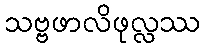
သဗ္ဗဖာလိဖုလ္လဿ